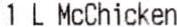
1 L MCCHICKEN